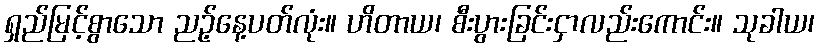
ရှည်မြင့်စွာသော ညဉ့်နေ့ပတ်လုံး။ ဟိတာယ၊ စီးပွားခြင်းငှာလည်းကောင်း။ သုခါယ၊